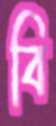
বি